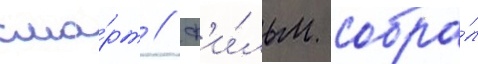
сма́рт // Ф'и́льм собра́л